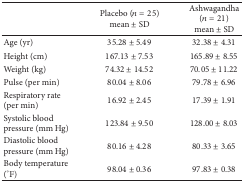
<table><thead><tr><td><b> </b></td><td><b>Placebo (<i>n</i> = 25) mean ± SD</b></td><td><b>Ashwagandha (<i>n</i> = 21) mean ± SD</b></td></tr></thead><tbody><tr><td>Age (yr)</td><td>35.28 ± 5.49</td><td>32.38 ± 4.31</td></tr><tr><td>Height (cm)</td><td>167.13 ± 7.53</td><td>165.89 ± 8.55</td></tr><tr><td>Weight (kg)</td><td>74.32 ± 14.52</td><td>70.05 ± 11.22</td></tr><tr><td>Pulse (per min)</td><td>80.04 ± 8.06</td><td>79.78 ± 6.96</td></tr><tr><td>Respiratory rate (per min)</td><td>16.92 ± 2.45</td><td>17.39 ± 1.91</td></tr><tr><td>Systolic blood pressure (mm Hg)</td><td>123.84 ± 9.50</td><td>128.00 ± 8.03</td></tr><tr><td>Diastolic blood pressure (mm Hg)</td><td>80.16 ± 4.28</td><td>80.33 ± 3.65</td></tr><tr><td>Body temperature (°F)</td><td>98.04 ± 0.36</td><td>97.83 ± 0.38</td></tr></tbody></table>